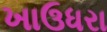
ખાઉધરા